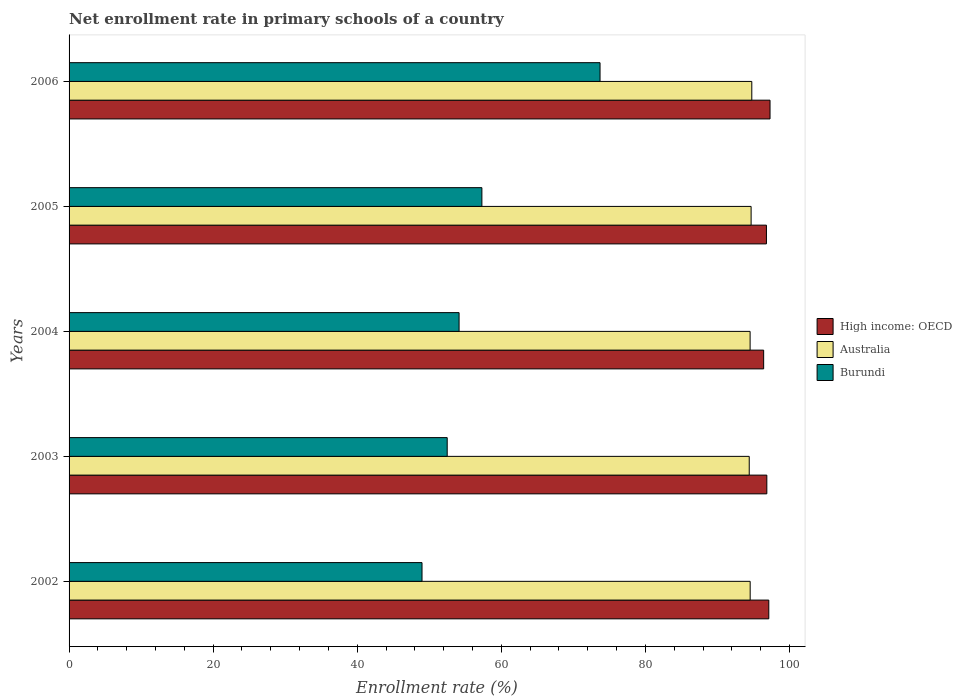
| Years | High income: OECD | Australia | Burundi |
 | --- | --- | --- | --- |
 | 2002 | 97.1 | 94.5 | 49 |
 | 2003 | 96.9 | 94.4 | 52.5 |
 | 2004 | 96.4 | 94.5 | 54.1 |
 | 2005 | 96.8 | 94.7 | 57.3 |
 | 2006 | 97.3 | 94.8 | 73.7 |